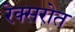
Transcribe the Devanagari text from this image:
रेक्सरोत